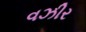
વઝીર